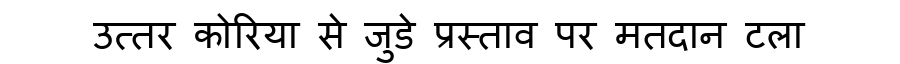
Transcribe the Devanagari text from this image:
उत्तर कोरिया से जुडे प्रस्ताव पर मतदान टला